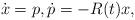
LaTeX: \begin{align*}\dot x=p, \dot{p} = -R(t) x,\end{align*}